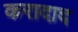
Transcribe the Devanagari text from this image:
करादाद